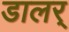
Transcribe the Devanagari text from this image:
डालर्